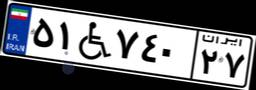
۰۸W۳۴۳۳۴